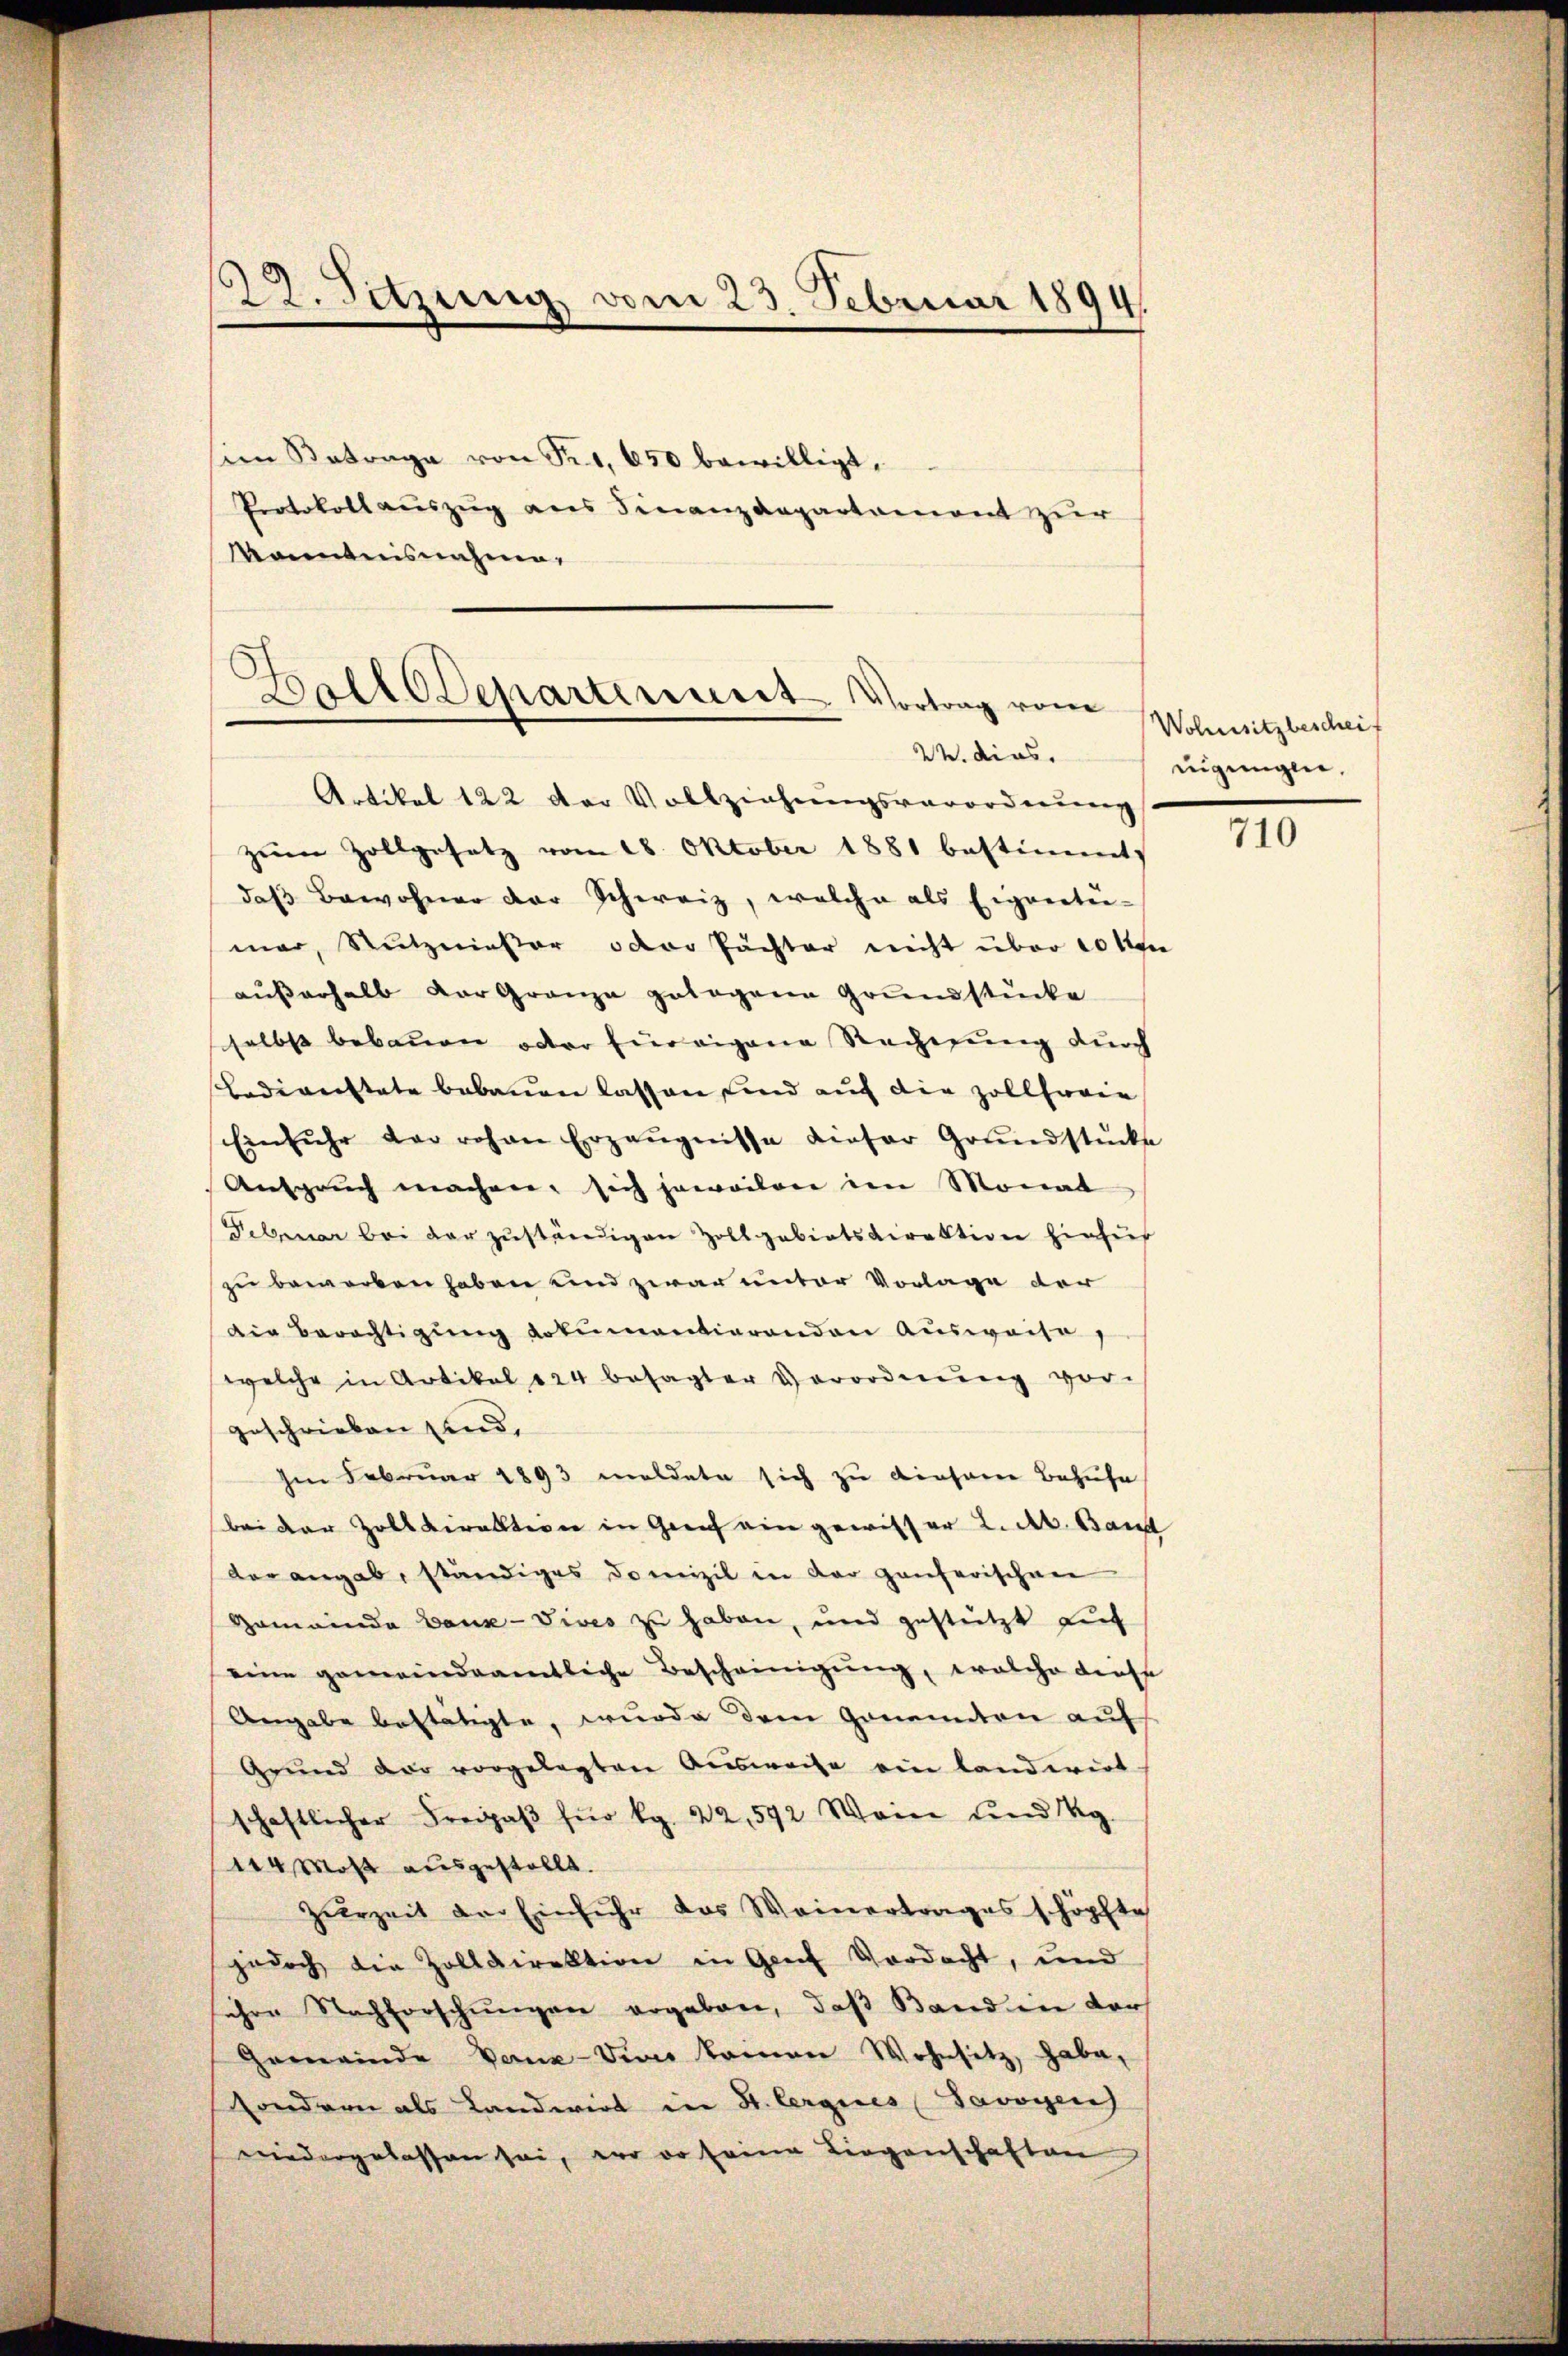
22. Sitzung vom 23. Februar 1894.

im Betrage von Sr 1, 430 bewilligt,
Protokoll auszug aus Finanzdepartament zur
känntnisnahme,

Balldeparterunt. Vortrag vom
W. dies
Artikel 122 der Vollziehungsverordnung

zŭm Zollgesetz vom 18. Oktober 1881 bestimmt
das Bewohner der Schweiz, welche als Eignertei-
mar, Nutznieser oder Pächter nicht über 10 Uhr
aŭβerhalb der Granze gelegene Grundstücke
selbst bebauen oder Einreigene Rechnung durch
Bedienstete bebauen lassen sind auf die Zollfreie
Einfuhr der rohen Ergängnisse dieser Grŭndstücke
Anspruch machen, sich jeweilen den Monat
Februar bei der zuständigen Zollgebietsdirektion hinzur
zu beworben haben und zwar unter Vorlage der
din Berächtigung dokumentierenden Ausweise,
welche in Artikel 124 besagter Verordnŭng vor-
geschrieben sind,
Ien Februar 1893 meldete sich zu dieser Bezuhe
bei der Zolldirektion in Greif ein gewisser 2. Ab. Band
der angab, ständiges Domizil in der Hanferischen
Gemeinde Bauk-Vives zu haben, und gestützt auf
eine gemeindeamtliche Bescheinigung, welche diese
Angabe bestätigte, wurde dem Genannten auf
Grund der vorgelegten Aŭsweise ein landwirt-
schaftlicher Freipaβ für kg. 22, 592 Wein und g
114 Maß ausgestellt.
Zurzeit der Einfuhr das Weinertrages schöpfte
jedoch die Zolldirektion in Genf Verdacht, und
sehen Nachforschungen ergeben, daß Band in ders
Gemeinde Vanz-Siver keinen Wohnsitz, habe,
Sondern als Landwirt in H. Cergires Savoyen
niedergelassen sei, wo do seine Liegenschaften

Wohnsitzbescheif
eugungen,

710